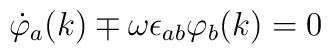
\dot\varphi_a(k)\mp\omega\epsilon_{ab}\varphi_b(k)= 0